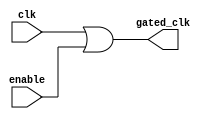
module clock_gating (
    input wire clk,        // Primary clock signal
    input wire enable,     // Enable signal
    output wire gated_clk  // Gated clock signal
);

// Gated clock generation using OR gate
assign gated_clk = clk | enable;

endmodule